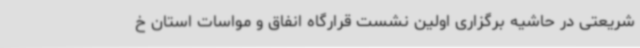
شریعتی در حاشیه برگزاری اولین نشست قرارگاه انفاق و مواسات استان خ